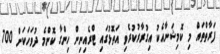
ފަރާތްތައް މި ކޮމިޝަނާއެކު އިގުރާރުކުރެވި އަތޮޅުގައި ޓްރެއިނިން ހިންގާ ކޮންމެ ދުވަހަކަށް 700